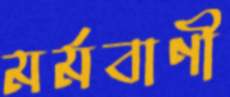
মর্মবাণী